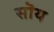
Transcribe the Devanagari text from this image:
सॊय